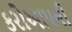
કરોઆપની